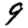
Digit: 9